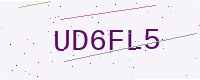
Text: UD6FL5